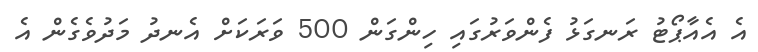
އެ އެއާޕޯޓު ރަނގަޅު ފެންވަރުގައި ހިންގަން 500 ވަރަކަށް އެނދު މަދުވެގެން އެ